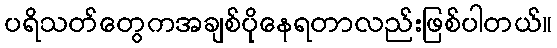
ပရိသတ်တွေကအချစ်ပိုနေရတာလည်းဖြစ်ပါတယ်။